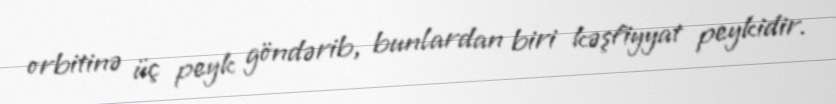
orbitinə üç peyk göndərib, bunlardan biri kəşfiyyat peykidir.